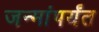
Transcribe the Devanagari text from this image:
जन्मांपर्यंत